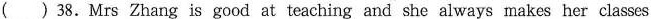
( ) 38.Mrs Zhang is good at teaching and she always makes her classes